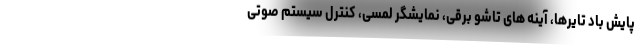
پایش باد تایرها، آینه های تاشو برقی، نمایشگر لمسی، کنترل سیستم صوتی